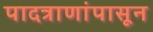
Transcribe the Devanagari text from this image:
पादत्राणांपासून